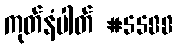
ကုတ်နံပါတ် #5588